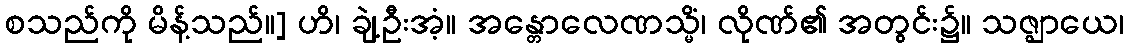
စသည်ကို မိန့်သည်။] ဟိ၊ ချဲ့ဦးအံ့။ အန္တောလေဏသ္မိံ၊ လိုဏ်၏ အတွင်း၌။ သဇ္ဈာယေ၊